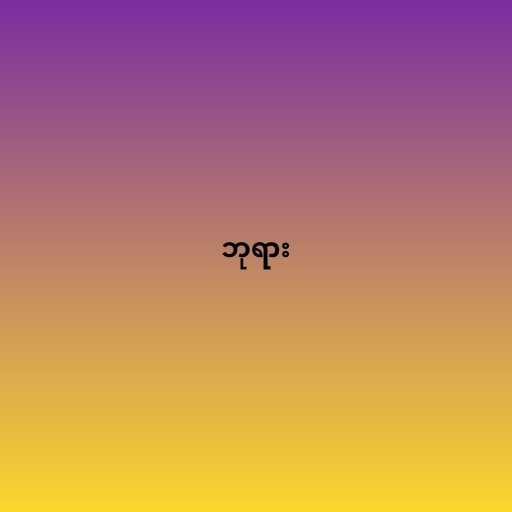
ဘုရား